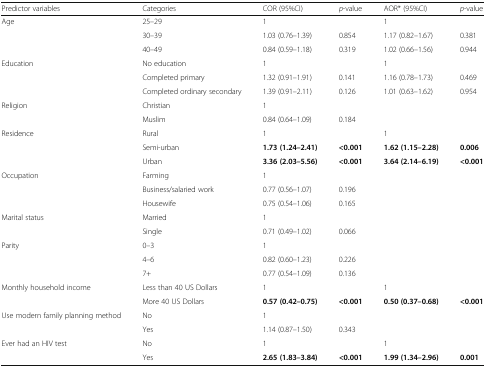
<table><thead><tr><td><b>Predictor variables</b></td><td><b>Categories</b></td><td><b>COR (95%CI)</b></td><td><b><i>p</i>-value</b></td><td><b>AOR* (95%CI)</b></td><td><b><i>p</i>-value</b></td></tr></thead><tbody><tr><td>Age</td><td>25–29</td><td>1</td><td></td><td>1</td><td></td></tr><tr><td></td><td>30–39</td><td>1.03 (0.76–1.39)</td><td>0.854</td><td>1.17 (0.82–1.67)</td><td>0.381</td></tr><tr><td></td><td>40–49</td><td>0.84 (0.59–1.18)</td><td>0.319</td><td>1.02 (0.66–1.56)</td><td>0.944</td></tr><tr><td>Education</td><td>No education</td><td>1</td><td></td><td>1</td><td></td></tr><tr><td></td><td>Completed primary</td><td>1.32 (0.91–1.91)</td><td>0.141</td><td>1.16 (0.78–1.73)</td><td>0.469</td></tr><tr><td></td><td>Completed ordinary secondary</td><td>1.39 (0.91–2.11)</td><td>0.126</td><td>1.01 (0.63–1.62)</td><td>0.954</td></tr><tr><td>Religion</td><td>Christian</td><td>1</td><td></td><td></td><td></td></tr><tr><td></td><td>Muslim</td><td>0.84 (0.64–1.09)</td><td>0.184</td><td></td><td></td></tr><tr><td>Residence</td><td>Rural</td><td>1</td><td></td><td>1</td><td></td></tr><tr><td></td><td>Semi-urban</td><td><b>1.73 (1.24–2.41)</b></td><td><b>&lt;0.001</b></td><td><b>1.62 (1.15–2.28)</b></td><td><b>0.006</b></td></tr><tr><td></td><td>Urban</td><td><b>3.36 (2.03–5.56)</b></td><td><b>&lt;0.001</b></td><td><b>3.64 (2.14–6.19)</b></td><td><b>&lt;0.001</b></td></tr><tr><td>Occupation</td><td>Farming</td><td>1</td><td></td><td></td><td></td></tr><tr><td></td><td>Business/salaried work</td><td>0.77 (0.56–1.07)</td><td>0.196</td><td></td><td></td></tr><tr><td></td><td>Housewife</td><td>0.75 (0.54–1.06)</td><td>0.165</td><td></td><td></td></tr><tr><td>Marital status</td><td>Married</td><td>1</td><td></td><td></td><td></td></tr><tr><td></td><td>Single</td><td>0.71 (0.49–1.02)</td><td>0.066</td><td></td><td></td></tr><tr><td>Parity</td><td>0–3</td><td>1</td><td></td><td></td><td></td></tr><tr><td></td><td>4–6</td><td>0.82 (0.60–1.23)</td><td>0.226</td><td></td><td></td></tr><tr><td></td><td>7+</td><td>0.77 (0.54–1.09)</td><td>0.136</td><td></td><td></td></tr><tr><td>Monthly household income</td><td>Less than 40 US Dollars</td><td>1</td><td></td><td>1</td><td></td></tr><tr><td></td><td>More 40 US Dollars</td><td><b>0.57 (0.42–0.75)</b></td><td><b>&lt;0.001</b></td><td><b>0.50 (0.37–0.68)</b></td><td><b>&lt;0.001</b></td></tr><tr><td>Use modern family planning method</td><td>No</td><td>1</td><td></td><td></td><td></td></tr><tr><td></td><td>Yes</td><td>1.14 (0.87–1.50)</td><td>0.343</td><td></td><td></td></tr><tr><td>Ever had an HIV test</td><td>No</td><td>1</td><td></td><td>1</td><td></td></tr><tr><td></td><td>Yes</td><td><b>2.65 (1.83–3.84)</b></td><td><b>&lt;0.001</b></td><td><b>1.99 (1.34–2.96)</b></td><td><b>0.001</b></td></tr></tbody></table>